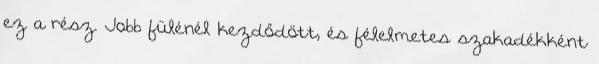
ez a rész. Jobb fülénél kezdődött, és félelmetes szakadékként